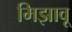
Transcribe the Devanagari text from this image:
मिझावू